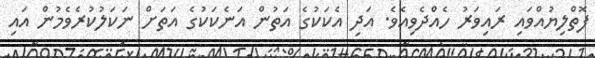
ފޮތްލިޔުއްވައި ރައިވަރު ހެއްދެވިއެވެ. އަދި އެކަކުގެ އަތުން އަނެކަކުގެ އަތަށް ނަކަލުކުރެވެމުން އައި